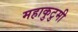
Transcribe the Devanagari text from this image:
महाकुटुमी